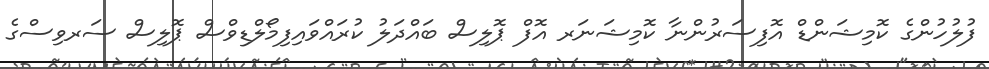
ފުލުހުންގެ ކޮމިޝަންޑް އޮފިސަރުންނާ ކޮމިޝަނަރ އޮފް ޕޮލިސް ބައްދަލު ކުރައްވައިފިމޯލްޑިވްސް ޕޮލިސް ސަރވިސްގެ